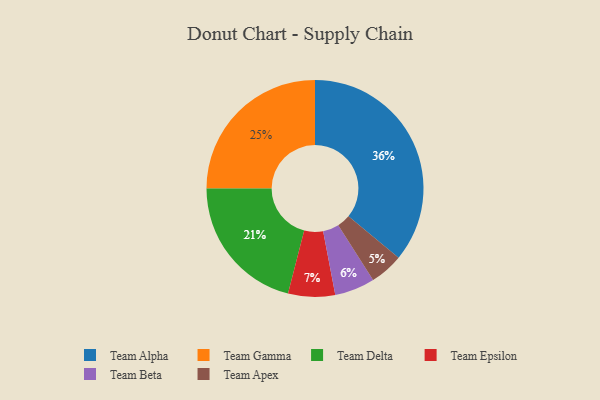
{"axis": {"x": "Category", "y": "Percentage"}, "legend": ["Team Alpha", "Team Apex", "Team Beta", "Team Delta", "Team Epsilon", "Team Gamma"], "data": [{"x": "Team Alpha", "y": 36, "type": "Team Alpha"}, {"x": "Team Epsilon", "y": 7, "type": "Team Epsilon"}, {"x": "Team Beta", "y": 6, "type": "Team Beta"}, {"x": "Team Apex", "y": 5, "type": "Team Apex"}, {"x": "Team Delta", "y": 21, "type": "Team Delta"}, {"x": "Team Gamma", "y": 25, "type": "Team Gamma"}]}